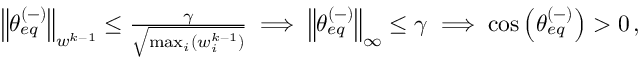
\begin{array} { r } { \left\lVert \theta _ { e q } ^ { ( - ) } \right\rVert _ { w ^ { k - 1 } } \leq \frac { \gamma } { \sqrt { \operatorname* { m a x } _ { i } ( w _ { i } ^ { k - 1 } ) } } \implies \left\lVert \theta _ { e q } ^ { ( - ) } \right\rVert _ { \infty } \leq \gamma \implies \cos \left( \theta _ { e q } ^ { ( - ) } \right) > 0 \, , } \end{array}